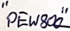
Text: "PEW800"